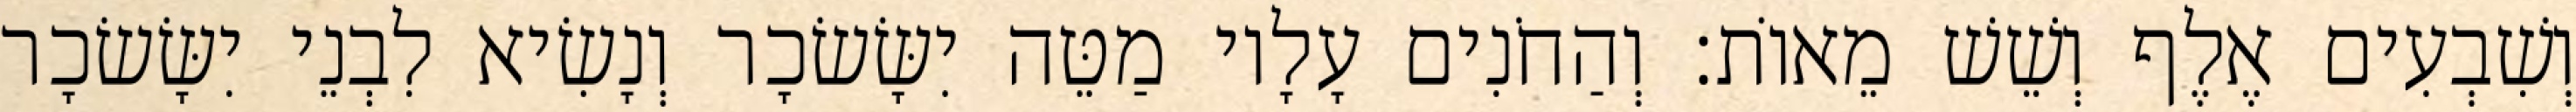
וְשִׁבְעִים אֶלֶף וְשֵׁשׁ מֵאוֹת׃ וְהַחֹנִים עָלָיו מַטֵּה יִשָּׂשׂכָר וְנָשִׂיא לִבְנֵי יִשָּׂשׂכָר